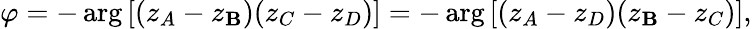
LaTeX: \varphi=-\arg\left[(z_{A}-z_{\mathbf{B}})(z_{C}-z_{D})\right]=-\arg\left[(z_{A}-z_{D})(z_{\mathbf{B}}-z_{C})\right],